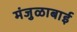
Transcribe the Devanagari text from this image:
मंजुळाबाई